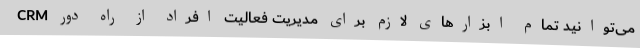
CRM می‌توانید تمام ابزارهای لازم برای مدیریت فعالیت افراد از راه دور